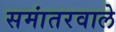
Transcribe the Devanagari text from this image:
समांतरवाले